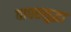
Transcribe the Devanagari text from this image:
वापरसुद्घा